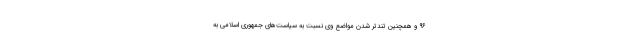
۹۶ و همچنین تندتر شدن مواضع وی نسبت به سیاست‌های جمهوری اسلامی به